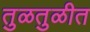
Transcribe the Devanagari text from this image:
तुळतुळीत